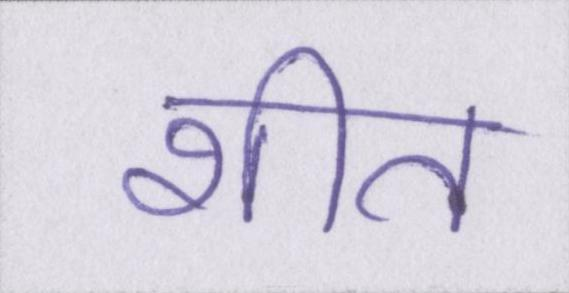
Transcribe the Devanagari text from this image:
शीत